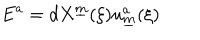
E ^ { a } = d X ^ { \underline { { { m } } } } ( \xi ) u _ { \underline { { { m } } } } ^ { a } ( \xi )